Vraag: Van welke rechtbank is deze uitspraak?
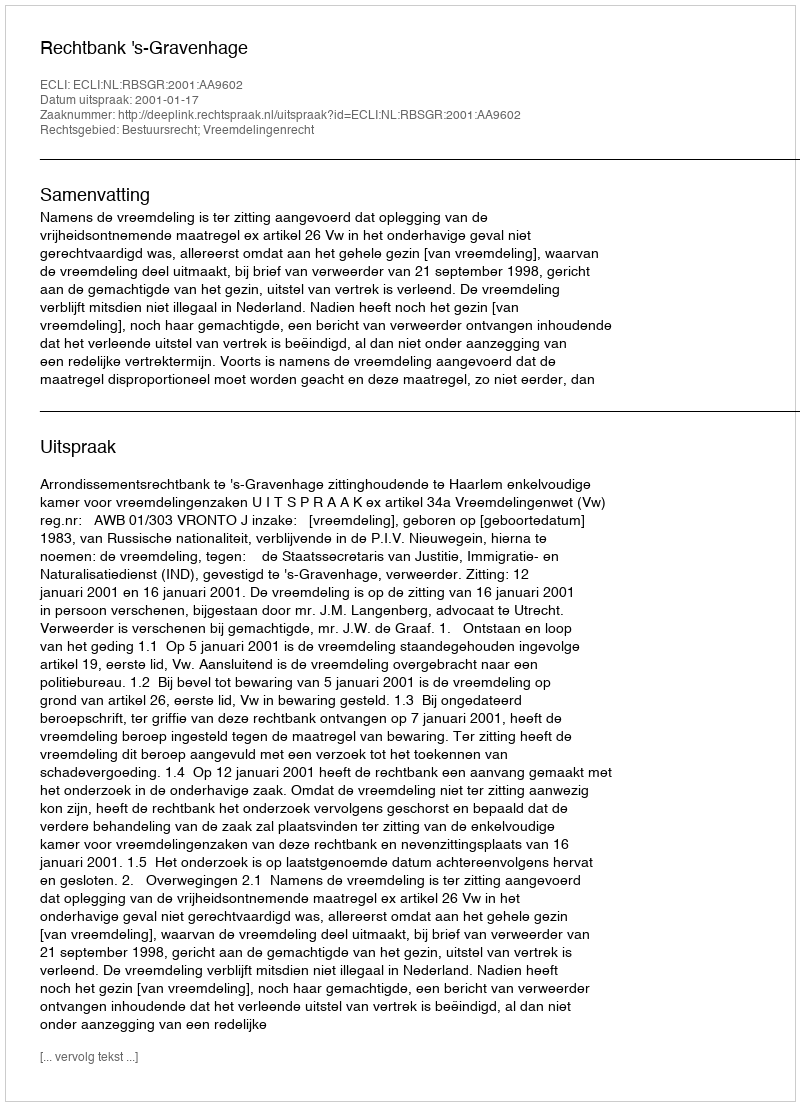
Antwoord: Rechtbank 's-Gravenhage